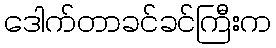
ဒေါက်တာခင်ခင်ကြီးက